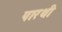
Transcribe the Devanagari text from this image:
पारथी